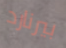
بيرنارد